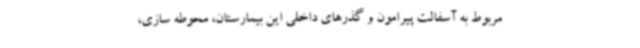
مربوط به آسفالت پیرامون و گذرهای داخلی این بیمارستان، محوطه سازی،